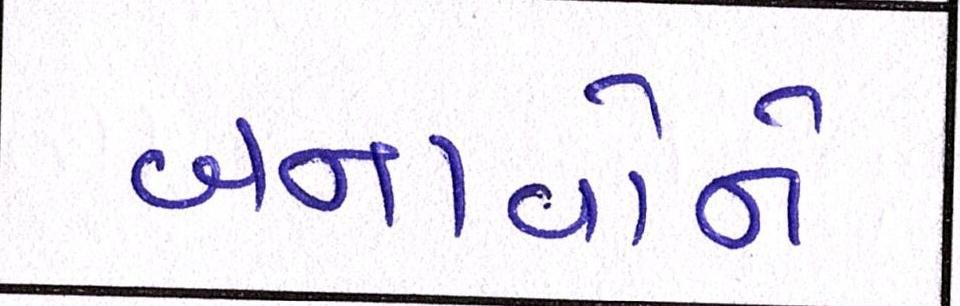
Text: બનાવોને